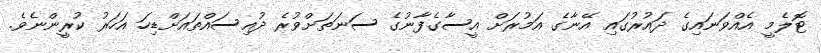
ޓޮލެމީ އެއްވަނައިގެ ދައުރުގައި އޭނާގެ އަމުރަށް އީސާގެފާނުގެ ސަނަތަށްވުރެ ދުއިސައްތައަށްޑިހަ އަހަރު ކުރީންނެވެ.